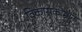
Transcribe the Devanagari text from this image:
विकासकामांना